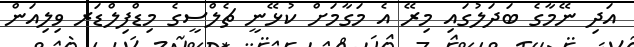
އަދި ނޭމާގެ ބަދަލުގައި މިރޭ އެ މަގާމަށް ކުޅޭނީ ޗެލްސީގެ މިޑްފިލްޑަރ ވިލިއަން